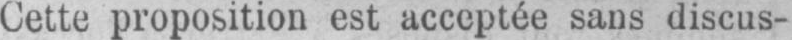
Cette proposition est acceptée sans discus-